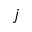
j